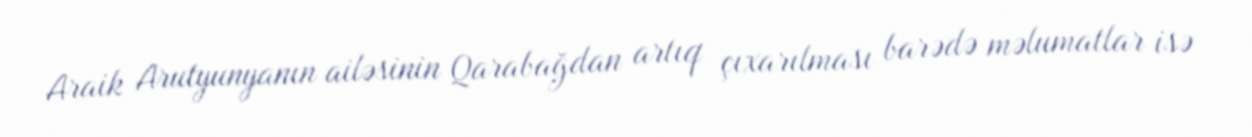
Araik Arutyunyanın ailəsinin Qarabağdan artıq çıxarılması barədə məlumatlar isə